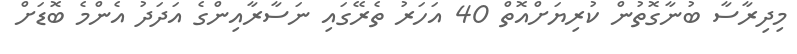
މިދިރާސާ ބުނާގޮތުން ކުރިޔަށްއޮތް 40 އަހަރު ތެރޭގައި ނަސާރާއިންގެ އަދަދު އެންމެ ބޮޑަށް